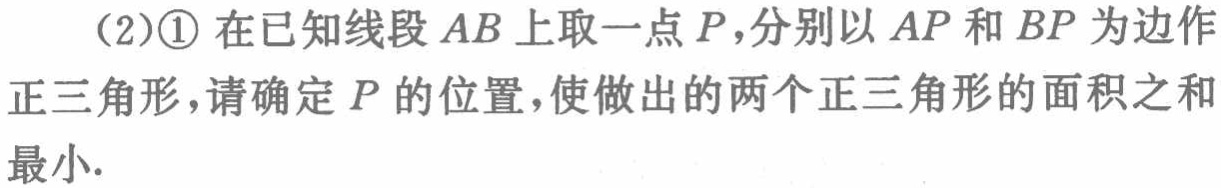
(2)\textcircled{1} 在已知线段 \(AB\) 上取一点 \(P\)，分别以 \(AP\) 和 \(BP\) 为边作正三角形，请确定 \(P\) 的位置，使做出的两个正三角形的面积之和最小.